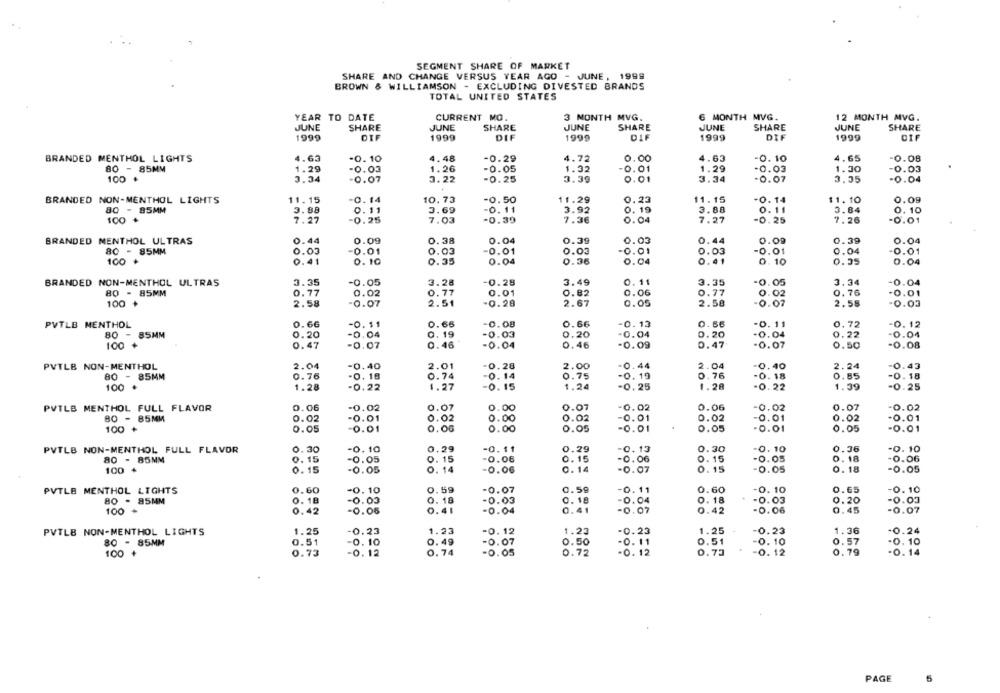
SEGMENT SHARE OF MARKET
SHARE AND CHANGE VERSUS YEAR AGO - JUNE, 1999
BROWN & WILLIAMSON - EXCLUDING DIVESTED BRANDS
TOTAL UNITED STATES
YEAR TO DATE
CURRENT MO.
3 MONTH MVG.
6 MONTH MVG.
12 MONTH MVG.
JUNE
SHARE
JUNE
SHARE
JUNE
SHARE
JUNE
SHARE
JUNE
SHARE
1999
DIF
1999
DIF
1999
DIF
1999
DIF
1999
DIF
BRANDED MENTHOL LIGHTS
4.63
-0.10
4.48
-0.29
4.72
0.00
4.63
-0.10
4.65
-0.08
1.26
80 - 85MM
1.29
-0.03
-0.05
1.32
0.01
1.29
-0.03
1.30
-0.03
100 #
3.34
-0.07
3.22
-0.25
3.39
0.01
3.34
-0.07
3.35
-0.04
BRANDED NON-MENTHOL LIGHTS
11.15
-0.14
10.73
-0.50
11.29
0.23
11.15
-0. 14
$1.10
0.09
80 - 85MM
3.88
0.11
3.69
-0. 11
3.92
0. 19
3.88
0.11
3.84
0.10
100 +
7.27
-0.25
7.03
-0.39
7.36
0.04
7.27
-0.25
7.26
-0.01
BRANDED MENTHOL ULTRAS
0.44
0.09
0.38
0.04
0.39
0.03
0.44
0.09
0.39
0.04
80 - 85MM
0.03
-0.01
0.03
-0.01
0.03
-0.01
0.03
-0.01
0.04
-0.01
100 +
0.41
0.10
0.35
0.04
0.36
0.04
0.41
0.10
0.35
0.04
BRANDED NON-MENTHOL ULTRAS
3.35
-0.05
3.28
-0.28
3.49
0. 11
3.35
-0.05
3.34
-0.04
0.06
80 - 85MM
0.77
0.02
0.77
0.01
0.82
0.77
0.02
0.76
-0.01
100 +
2.58
-0.07
2.51
-0.28
2.67
0.05
2.58
-0.07
2.58
-0.03
PVTLB MENTHOL
0.66
-0.11
0.66
-0.08
0.66
-0.13
0.56
-0. 11
0.72
-0.12
0.19
0.20
-0.04
80 - 85MM
0.20
-0.04
-0.03
0.20
-0.04
0.22
-0.04
100 +
0.47
-0.07
0.46
-0.04
0.46
-0.09
0.47
-0.07
0.50
-0.08
PVTLB NON-MENTHOL
2.04
-0.40
2.01
-0.28
2.00
-0.44
2.04
0.40
2.24
0.43
80 - 85MM
0.76
-0. 18
0.74
-0.14
0.75
-0. 19
0.76
-0.18
0.85
0.18
100 .
1.28
0.22
1.27
-0.15
1.24
-0.25
1.28
-0.22
1.39
-0.25
PVTLB MENTHOL FULL FLAVOR
0.06
-0.02
0.07
0.00
0.07
0.02
0.06
-0.02
0.07
-0.02
80 - 85MM
0.02
-0.01
0.02
0.00
0.02
0.01
0.02
-0.01
0.02
-0.01
100 +
0.05
0.01
0.06
0.00
0.05
-0.01
0.05
-0.01
0.05
-0.01
PVTLB NON-MENTHOL FULL FLAVOR
0.30
-0.10
0.29
-0.11
0.29
-0.13
0.30
-0.10
0.36
-0. 10
0. 15
-0.06
-0.05
0.18
80 - 85MM
0.15
0.05
0.15
-0.06
0.15
-0.06
100 +
0.15
-0.05
0. 14
-0.06
0.14
-0.07
0.15
-0.05
0. 18
-0.05
PVTLB MENTHOL LIGHTS
0.60
-0. 10
0.59
-0.07
0.59
-0.11
0.60
-0. 10
0.65
-0.10
80 - 85MM
0. 18
-0.03
0. 18
-0.03
0. 18
0.04
0. 18
03
0.20
-0.03
100
0.42
-0.06
0.41
-0.04
0.41
-0.07
0.42
-0.06
0.45
-0.07
PVTLB NON-MENTHOL LIGHTS
1.25
-0.23
1.23
-0.12
1.23
-0.23
1.25
-0.23
1.36
-0.24
-0.07
0.51
-0. 10
0.57
80 - 85MM
0.51
0.10
0.49
0.50
-0.11
.0. 10
100 +
0.73
-0.12
0.74
-0.05
0.72
-0. 12
0.73
-0.12
0.79
-0.14
PAGE
5